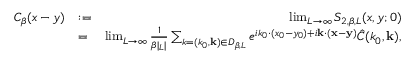
\begin{array} { r l r } { C _ { \beta } ( x - y ) } & { : = } & { \operatorname* { l i m } _ { L \rightarrow \infty } S _ { 2 , \beta , L } ( x , y ; 0 ) } \\ & { = } & { \operatorname* { l i m } _ { L \rightarrow \infty } { \frac { 1 } { \beta | \L _ { L } | } } \sum _ { k = ( k _ { 0 } , { \bf k } ) \in { \cal D } _ { \beta , L } } e ^ { i k _ { 0 } \cdot ( x _ { 0 } - y _ { 0 } ) + i { \bf k } \cdot ( { \bf x } - { \bf y } ) } \hat { C } ( k _ { 0 } , { \bf k } ) , } \end{array}